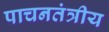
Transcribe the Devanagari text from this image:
पाचनतंत्रीय